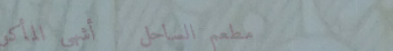
مطعم الساحل   أشهى المأكو